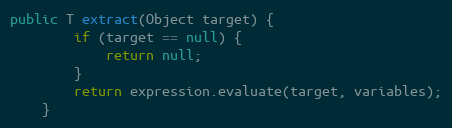
Language: Java
public T extract(Object target) {
        if (target == null) {
            return null;
        }
        return expression.evaluate(target, variables);
    }